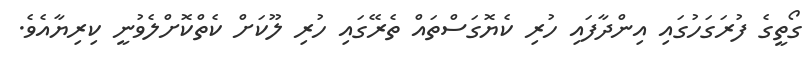
ގޯތީގެ ފުރަގަހުގައި އިންދާފައި ހުރި ކެޔޮގަސްތައް ތެރޭގައި ހުރި ލޫކަށް ކެތްކޮށްލެވުނީ ކިރިޔާއެވެ.